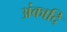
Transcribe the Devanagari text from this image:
अंकादि